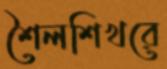
শৈলশিখরে